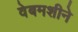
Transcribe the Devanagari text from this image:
वेबमशीने